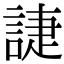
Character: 誱